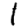
Digit: 1